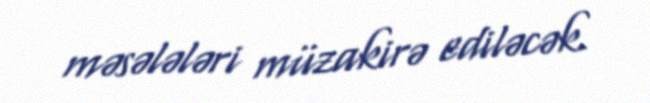
məsələləri müzakirə ediləcək.